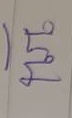
บน